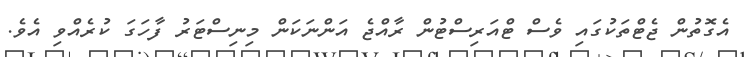
އެގޮތުން ޖެޓްތަކުގައި ވެސް ޓްއަރިސްޓުން ރާއްޖެ އަންނަކަން މިނިސްޓަރު ފާހަގަ ކުރެއްވި އެވެ.